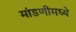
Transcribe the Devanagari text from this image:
मांडणीमध्‍ये